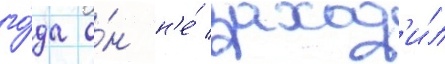
го́да о́н н'е́ заход'и́л